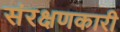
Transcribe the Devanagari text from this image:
संरक्षणकारी